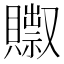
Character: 𰷗